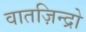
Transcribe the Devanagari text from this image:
वातज़िन्द्रो